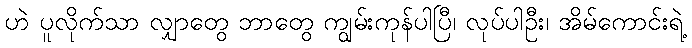
ဟဲ ပူလိုက်သာ လျှာတွေ ဘာတွေ ကျွမ်းကုန်ပါပြီ၊ လုပ်ပါဦး၊ အိမ်ကောင်းရဲ့